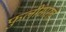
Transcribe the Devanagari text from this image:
फुलीसारखे